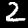
Digit: 2